Inquiry into the circumstances attending an outbreak of cholera in H. M.'s 18th Hussars at Secunderabad in the month of May
Year: 1871
Disease focus: Cholera
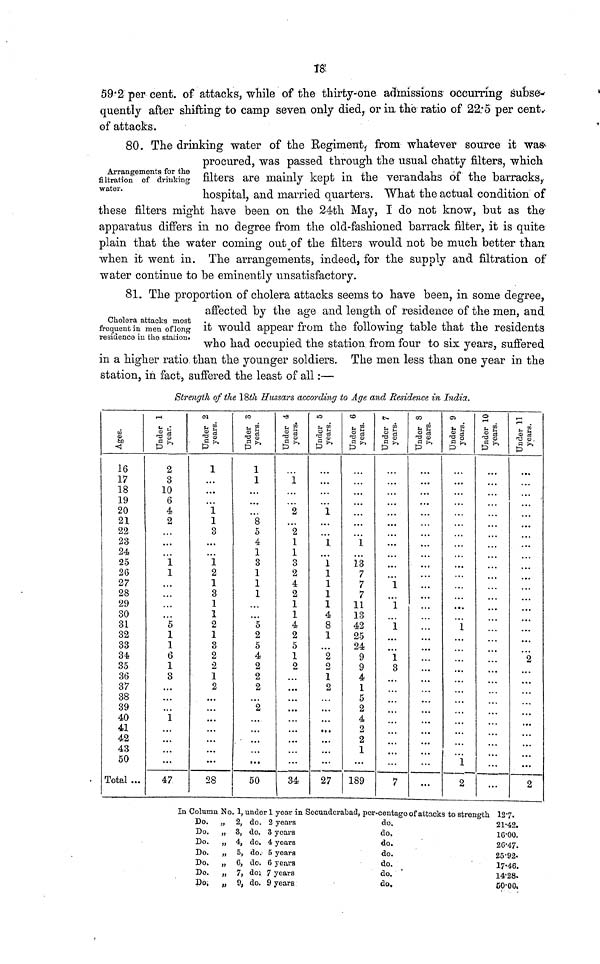
18
59· 2 per cent. of attacks, while of the thirty-one admissions occurring subse-
quently after shifting to camp seven only died, or in the ratio of 22·5 per cent.
of attacks.
80.
The drinking water of the Regiment, from whatever source it was
Arrangements
for
the
filtaration
of
drinking
water.
procured, was passed through the usual chatty filters, which
filters are mainly kept in the verandahs of the barracks,
hospital, and married quarters. What the actual condition of
these filters might have been on the 24th May, I do not know, but as the
apparatus differs in no degree from the old-fashioned barrack filter, it is quite
plain that the water coming out of the filters would not be much better than
when it went in. The arrangements, indeed, for the supply and filtration of
water continue to be eminently unsatisfactory.
81. The proportion of cholera attacks seems to have been, in some degree,
Cholera
attacks
most
frequent
in
men
of
long
residence
in
the
station.
affected by the age and length of residence of the men, and
it would appear from the following table that the residents
who had occupied the station from tour to six years, suffered
in a higher ratio than the younger soldiers. The men less than one year in the
station, in fact, suffered the least of all : —
Strength of the 18th Hussars according to Age and Residence in India.
Ages
16
17
18
19
20
21
22
23
24
25
26
27
28
29
30
31
32
33
34
35
36
37
38
39
40
41
42
43
50
Total ...
l
Under year.
2
3
10
6
4
2
...
. . .
...
1
1
...
...
...
...
5
1
1
6
1
3
. . .
...
...
1
. . .
...
...
...
47
2
Under years.
1
···
. . .
. . .
1
1
3
. . .
. . .
1
2
1
3
1
1
2
1
3
2
2
1
2
28
3
Under years.
1
1
8
5
4
1
3
1
1
1
. . .
...
5
2
5
4
2
2
2
...
2
50
4
Under years.
1
2
2
1
1
3
2
4
2
1
1
4
2
5
1
2
. . .
. . .
. . .
. . .
. . .
. . .
34
5
Under years.
1
1
1
1
1
1
1
4
8
1
...
2
2
1
2
27
6
Under years.
i
13
7
7
7
11
13
42
25
24
9
9
4
1
5
2
4
2
2
1
189
7
Under years.
i
1
1
1
3
7
8
Under years.
...
9
Under years.
1
i
2
10
Under years
...
...
11
Under ye
2
. . .
. . .
·· ·
. . .
2
In Column No. 1, under 1 year in Secunderabad, per-centago of attacks to strength 127.
Do. " 2, do. 2 years
Do. " 3, do. 3 years
Do. " 4, do. 4 years
Do. " 5, do. 5 years
Do. " 6, do. 6 years
Do. " 7, do; 7 years
Do, " 9, do, 9 years
do.
do.
do.
do.
do.
do.
do.
21.42.
16.00.
26.47.
25.92·
17.46.
14.28.
50-00.